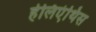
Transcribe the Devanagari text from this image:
हेलिएंथिस